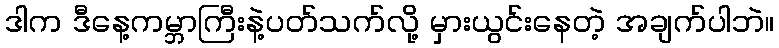
ဒါက ဒီနေ့ကမ္ဘာကြီးနဲ့ပတ်သက်လို့ မှားယွင်းနေတဲ့ အချက်ပါဘဲ။